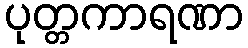
ပုတ္တကာရဏာ